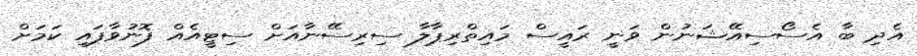
އެދި ބާ އެސޯސިއޭޝަނުން ވަނީ ރައީސް މައިތްރިޕާލާ ސިރިސޭނާއަށް ސިޓީއެއް ފޮނުވާފައި ކަމަށް